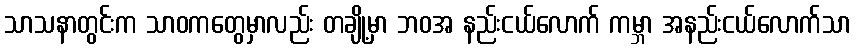
သာသနာတွင်းက သာဝကတွေမှာလည်း တချို့မှာ ဘဝအ နည်းငယ်လောက် ကမ္ဘာ အနည်းငယ်လောက်သာ